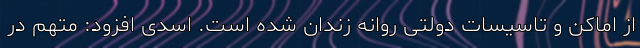
از اماکن و تاسیسات دولتی روانه زندان شده است. اسدی افزود: متهم در